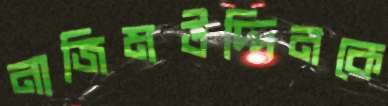
নাজিমউদ্দিনকে